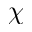
\chi